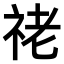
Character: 𥙕